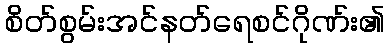
စိတ်စွမ်းအင်နတ်ရေစင်ဂိုဏ်း၏